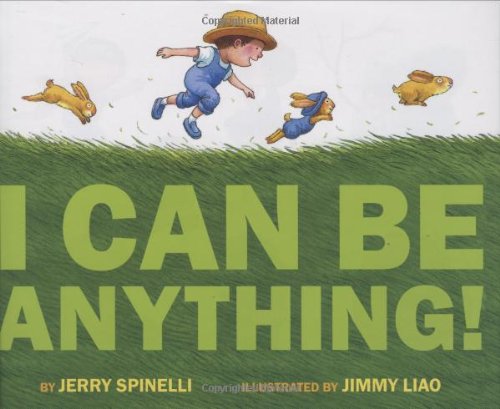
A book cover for I Can Be Anything!; Jerry Spinelli; Children's Books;